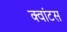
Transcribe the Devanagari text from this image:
क्‍वांटस